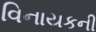
વિનાયકની